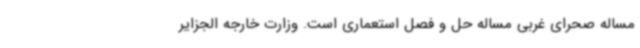
مساله صحرای غربی مساله حل و فصل استعماری است. وزارت خارجه الجزایر